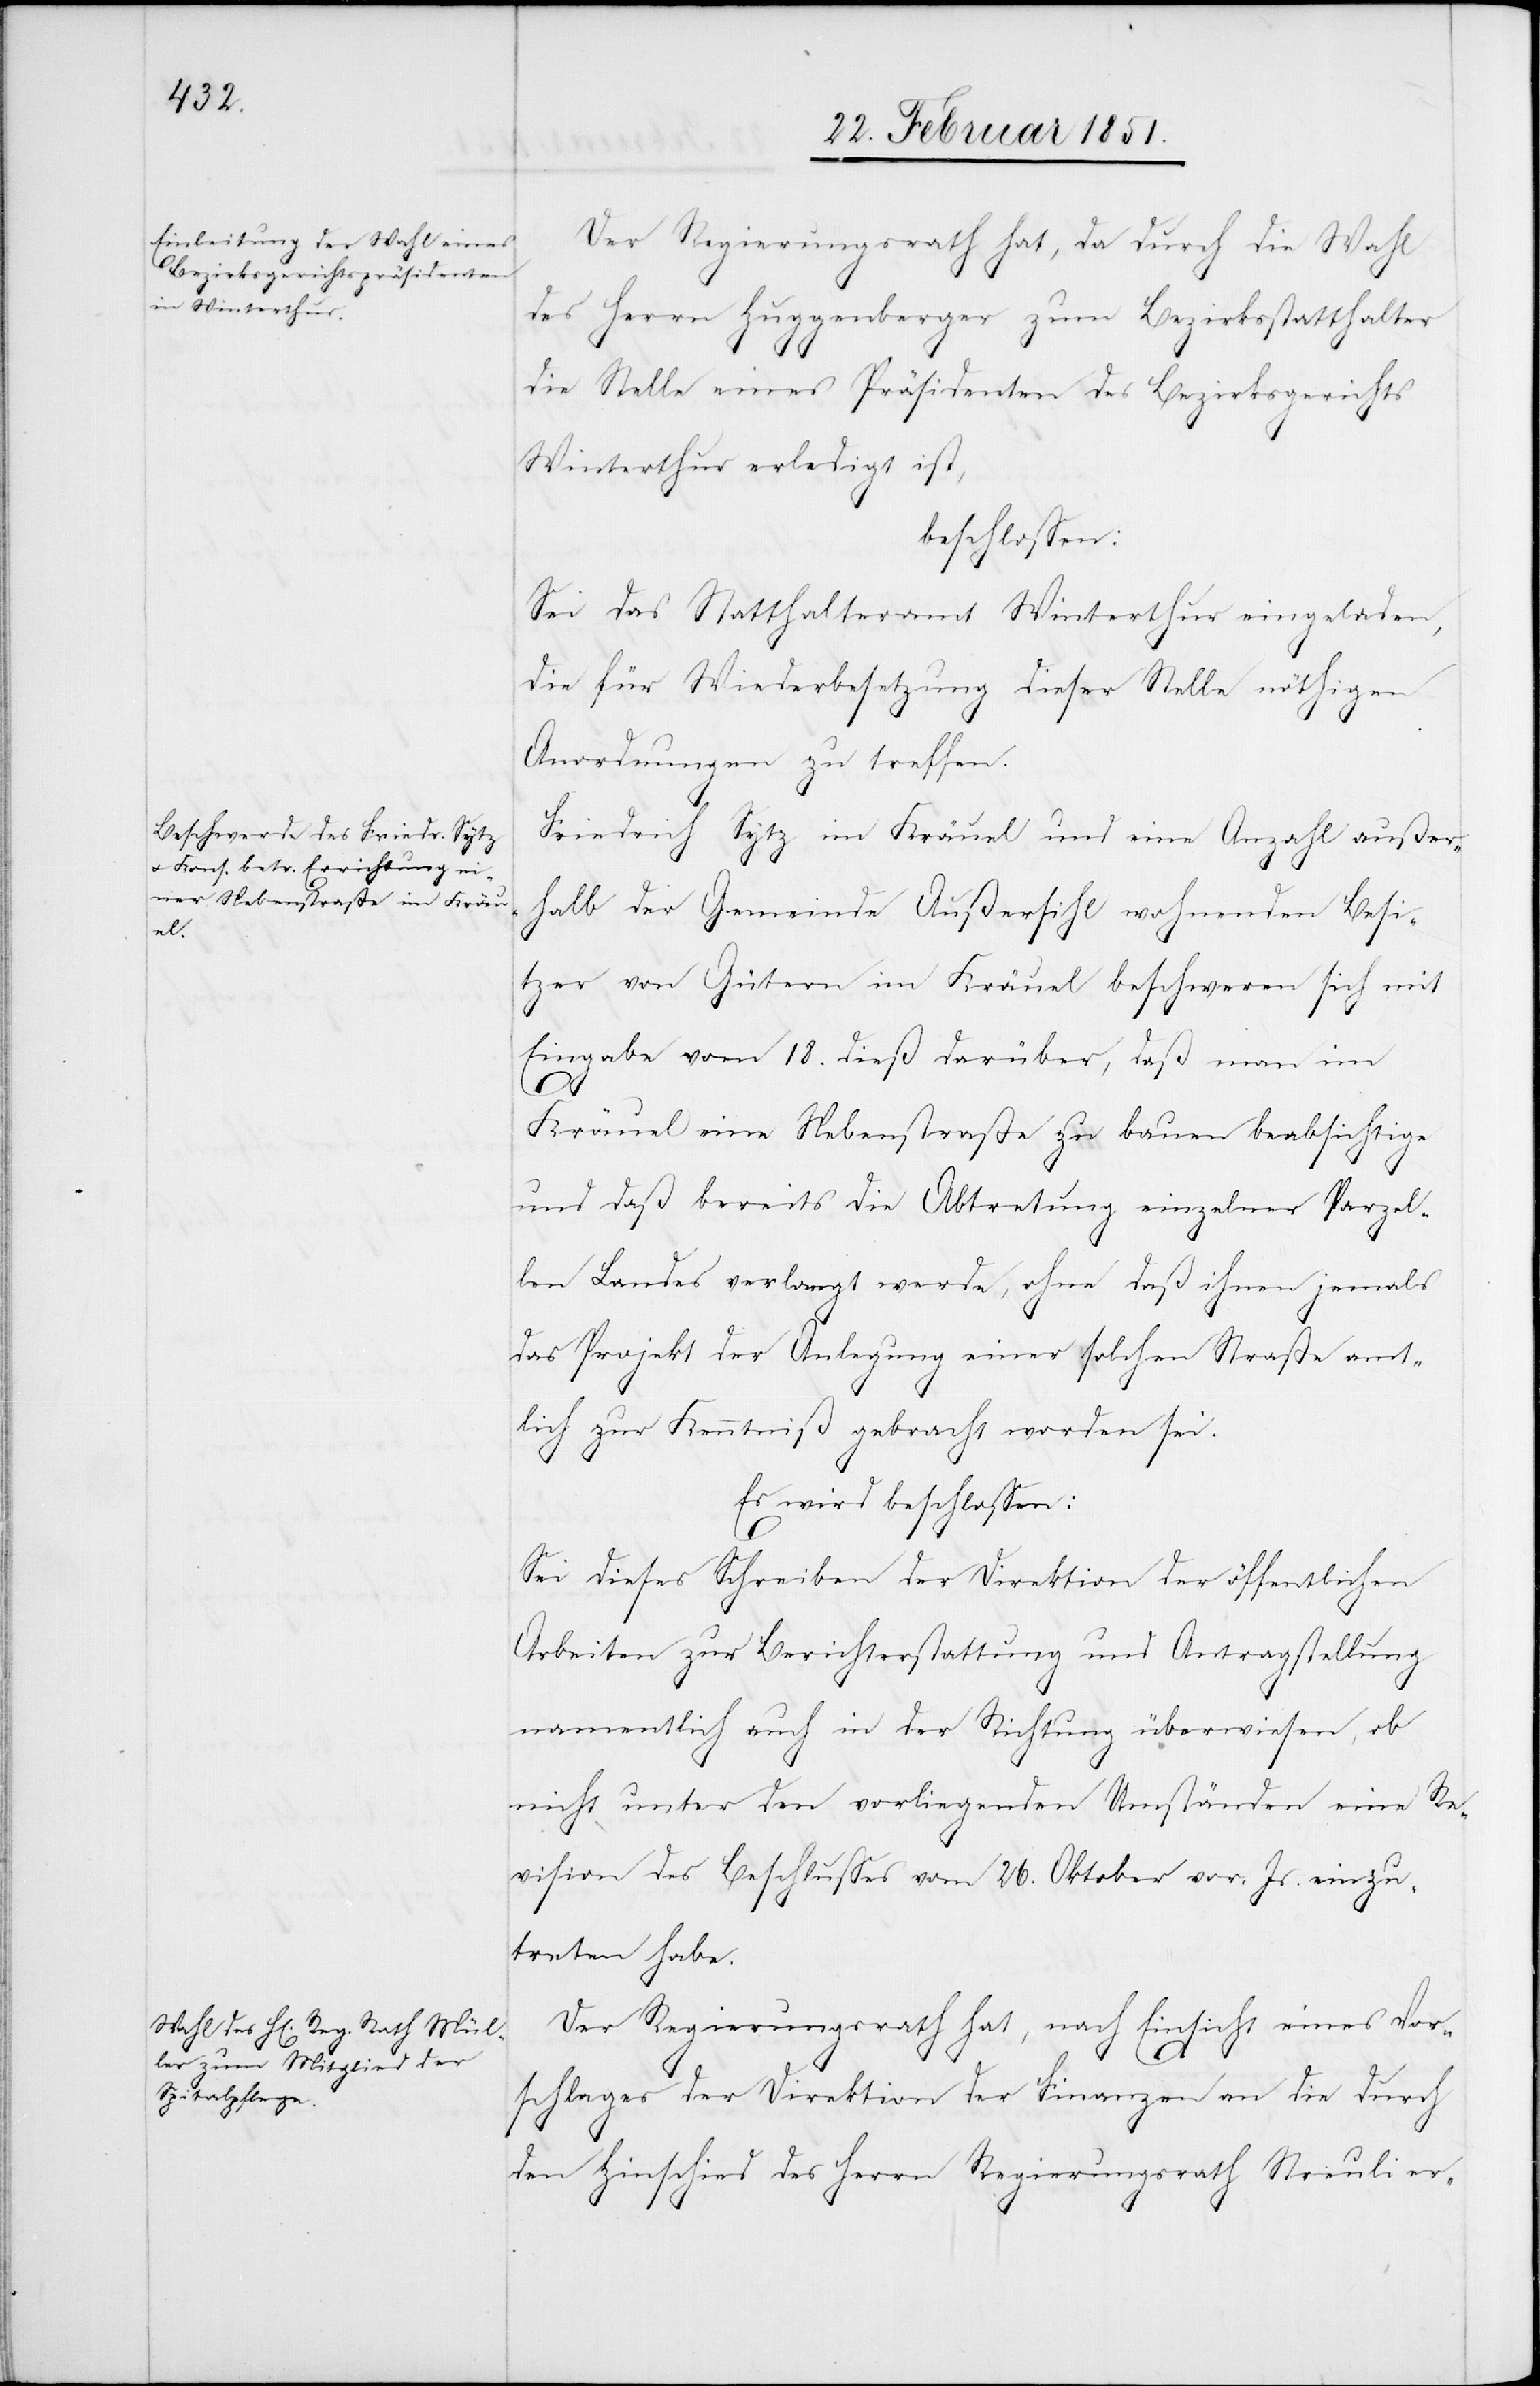
Der Regierungsrath hat, da durch die Wahl
des Herrn Huggenberger zum Bezirksstatthalter
die Stelle eines Präsidenten des Bezirksgerichts
Winterthur erledigt ist,
beschlossen:
Sei das Statthalteramt Winterthur eingeladen,
die für Wiederbesetzung dieser Stelle nöthigen
Anordnungen zu treffen.
Friedrich Sytz im Kräuel und eine Anzahl außer¬
halb der Gemeinde Außersihl wohnenden Besi¬
tzer von Gütern im Kräuel beschweren sich mit
Eingabe vom 18. dieß darüber, daß man im
Kräuel eine Nebenstraße zu bauen beabsichtige
und daß bereits die Abtretung einzelner Parzel¬
len Landes verlangt werde, ohne daß ihnen jemals
das Projekt der Anlegung einer solchen Straße amt¬
lich zur Kenntniß gebracht worden sei.
Es wird beschlossen:
Sei dieses Schreiben der Direktion der öffentlichen
Arbeiten zur Berichterstattung und Antragstellung
namentlich auch in der Richtung überwiesen, ob
nicht unter den vorliegenden Umständen eine Re¬
vision des Beschlusses vom 26. Oktober vor. Js. einzu¬
treten habe.
Der Regierungsrath hat, nach Einsicht eines Vor¬
schlages der Direktion der Finanzen an die durch
den Hinschied des Herrn Regierungsrath Streuli er-